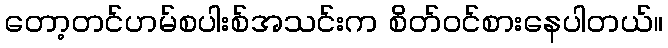
တော့တင်ဟမ်စပါးစ်အသင်းက စိတ်ဝင်စားနေပါတယ်။